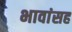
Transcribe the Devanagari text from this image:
भावांसह